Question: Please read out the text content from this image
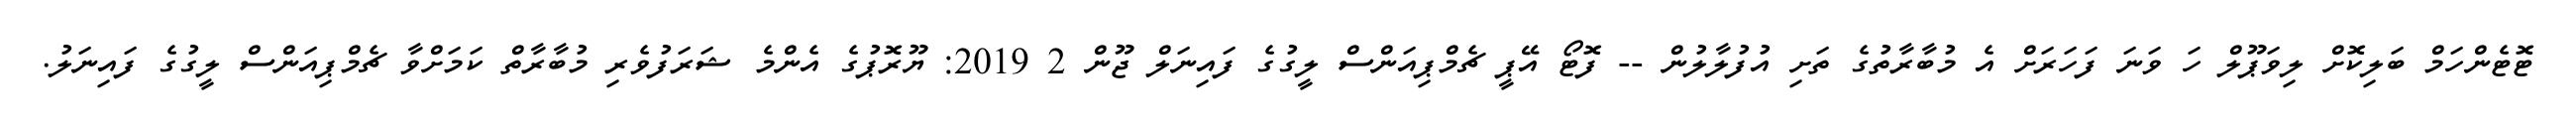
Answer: ޓޮޓެންހަމް ބަލިކޮށް ލިވަޕޫލް ހަ ވަނަ ފަހަރަށް އެ މުބާރާތުގެ ތަށި އުފުލާލުން -- ފޮޓޯ އޭޕީ ޗެމްޕިއަންސް ލީގުގެ ފައިނަލް ޖޫން 2 2019: ޔޫރޮޕުގެ އެންމެ ޝަރަފުވެރި މުބާރާތް ކަމަށްވާ ޗެމްޕިއަންސް ލީގުގެ ފައިނަލު.